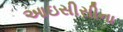
આઇસીસીના